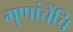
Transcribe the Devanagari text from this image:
गुणांचेंचि